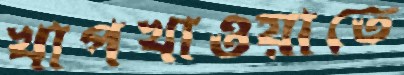
খাপখাওয়াতে